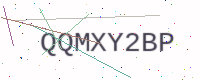
Text: QQMXY2BP